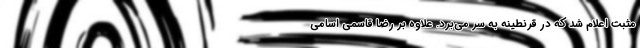
مثبت اعلام شد که در قرنطینه به سر می‌برد. علاوه بر رضا قاسمی اسامی